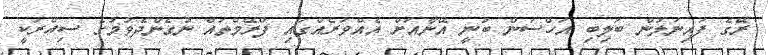
ރޭގެ ފައިނަލުން ބަލިބި އަހްސަން ބުނީ އޭނާއަށް އެއްވަރެއްގައި ފްރޭމްތައް ނުގެންދެވުމުގެ ސިއްރަކީ